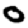
Digit: 0